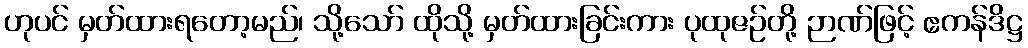
ဟုပင် မှတ်ထားရတော့မည်၊ သို့သော် ထိုသို့ မှတ်ထားခြင်းကား ပုထုဇဉ်တို့ ဉာဏ်ဖြင့် ဧကန်ဒိဋ္ဌ